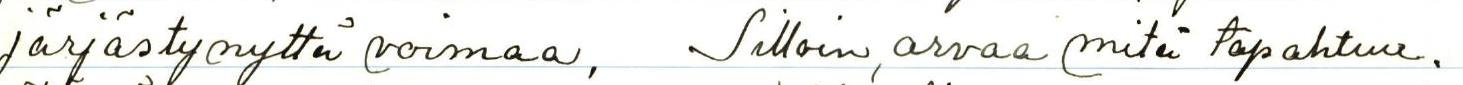
järjestynyttä voimaa, Silloin arvaa mitä tapahtuu.